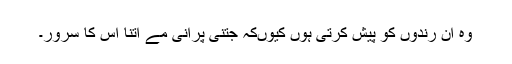
وہ ان رندوں کو پیش کرتی ہوں کیوںکہ جتنی پرانی مے اتنا اس کا سرور۔